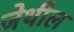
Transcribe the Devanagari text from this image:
जेथील